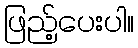
ဖြည့်ပေးပါ။